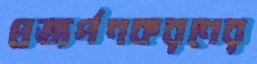
প্রত্যর্পণকরণের